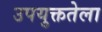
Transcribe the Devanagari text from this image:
उपयुक्ततेला